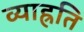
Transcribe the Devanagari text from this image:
व्याह्रति